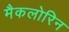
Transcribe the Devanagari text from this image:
मैकलोरिन